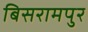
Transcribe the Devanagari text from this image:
बिसरामपुर